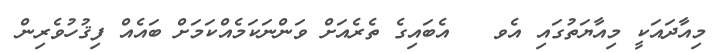
މިއާދައަކީ މިއާޔަތުގައި އެވ   އެބައިގެ ތެރެއަށް ވަންނަކަމެއްކަމަށް ބައެއް ފިޤުހުވެރިން